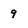
Character: 9